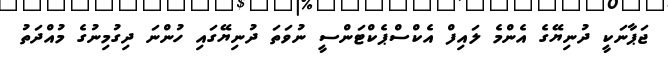
ޖަޕާނަކީ ދުނިޔޭގެ އެންމެ ލައިފް އެކްސްޕެކްޓަންސީ ނުވަތަ ދުނިޔޭގައި ހުންނަ ދިގުމިނުގެ މުއްދަތު